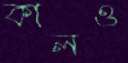
কালও